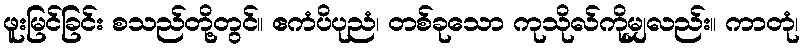
ဖူးမြင်ခြင်း စသည်တို့တွင်။ ဧကံပိပုညံ၊ တစ်ခုသော ကုသိုလ်ကိုမျှလည်း။ ကာတုံ၊